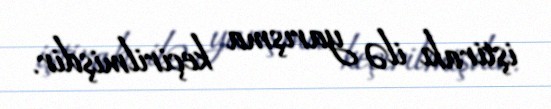
iştirakı ilə yarışma keçirilmişdir.